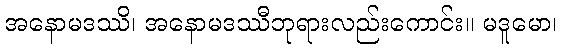
အနောမဒဿိ၊ အနောမဒဿီဘုရားလည်းကောင်း။ မဒူမော၊